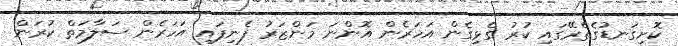
ކޮށިގަނޑުގެތެރޭގައި ކުރު ގެޅިގެން އަހަރެން އޮންނަ މަންޒަރު ފެނިފައި އަހަރެން ސަލާމަތް ކުރަން